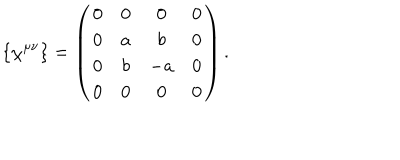
\{ \chi ^ { \mu \nu } \} = \left( \begin{array} { c c c c } { { 0 } } & { { 0 } } & { { 0 } } & { { 0 } } \\ { { 0 } } & { { a } } & { { b } } & { { 0 } } \\ { { 0 } } & { { b } } & { { - a } } & { { 0 } } \\ { { 0 } } & { { 0 } } & { { 0 } } & { { 0 } } \\ \end{array} \right) .